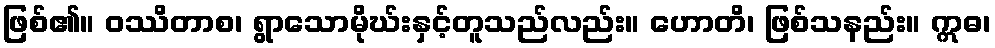
ဖြစ်၏။ ဝဿိတာစ၊ ရွာသောမိုဃ်းနှင့်တူသည်လည်း။ ဟောတိ၊ ဖြစ်သနည်း။ ဣဓ၊